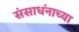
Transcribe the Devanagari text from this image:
संसाधंनाच्या